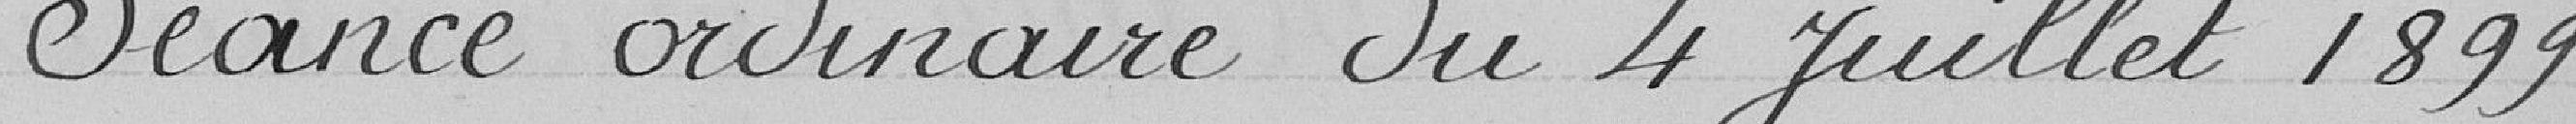
Séance ordinaire du 4 juillet 1899